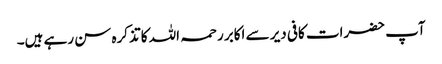
آپ حضرات کافی دیر سے اکابر رحمہ اللہ کا تذکرہ سن رہے ہیں۔